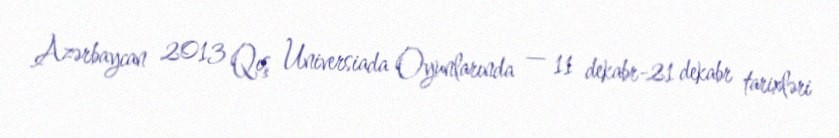
Azərbaycan 2013 Qış Universiada Oyunlarında — 11 dekabr-21 dekabr tarixləri